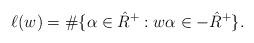
LaTeX: \begin{align*}\ell(w)=\#\{\alpha\in\hat R^+: w\alpha\in -\hat R^+\}.\end{align*}